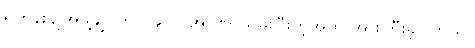
ရဟန်းပျိုအဖွဲ့ချုပ်က ၁၉၆၂ အာဏာသိမ်းပြီးတဲ့အထိ အားကြီးခဲ့ပါတယ်။